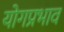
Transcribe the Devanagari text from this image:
योगप्रभाव